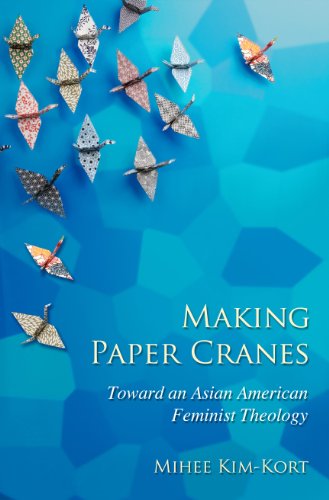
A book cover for Making Paper Cranes: Toward an Asian American Feminist Theology (The Young Clergy Women Project); Mihee Kim-Kort; Christian Books & Bibles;